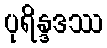
ပုရိန္ဒဒဿ